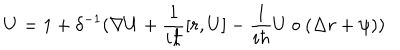
U = 1 + \delta ^ { - 1 } ( \nabla U + \frac 1 { i \hbar } [ r , U ] - \frac 1 { i \hbar } U \circ ( \Delta r + \psi ) )